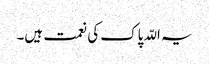
یہ اللّہ پاک کی نعمت ہیں۔